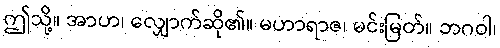
ဤသို့။ အာဟ၊ လျှောက်ဆို၏။ မဟာရာဇ၊ မင်းမြတ်။ ဘဂဝါ၊